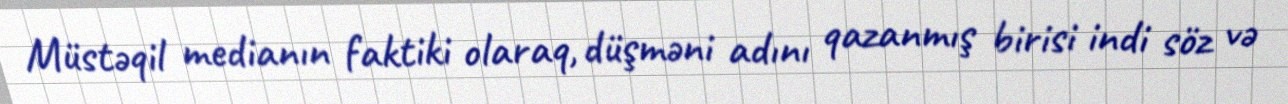
Müstəqil medianın faktiki olaraq, düşməni adını qazanmış birisi indi söz və